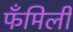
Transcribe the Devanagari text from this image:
फँमिली